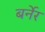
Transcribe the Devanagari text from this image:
बर्नेर